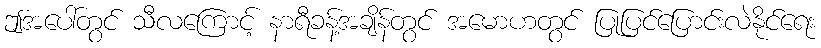
ဤအပေါ်တွင် သီလကြောင့် နာရီခန့်အချိန်တွင် အမောဟတွင် ပြုပြင်ပြောင်းလဲနိုင်ရေး